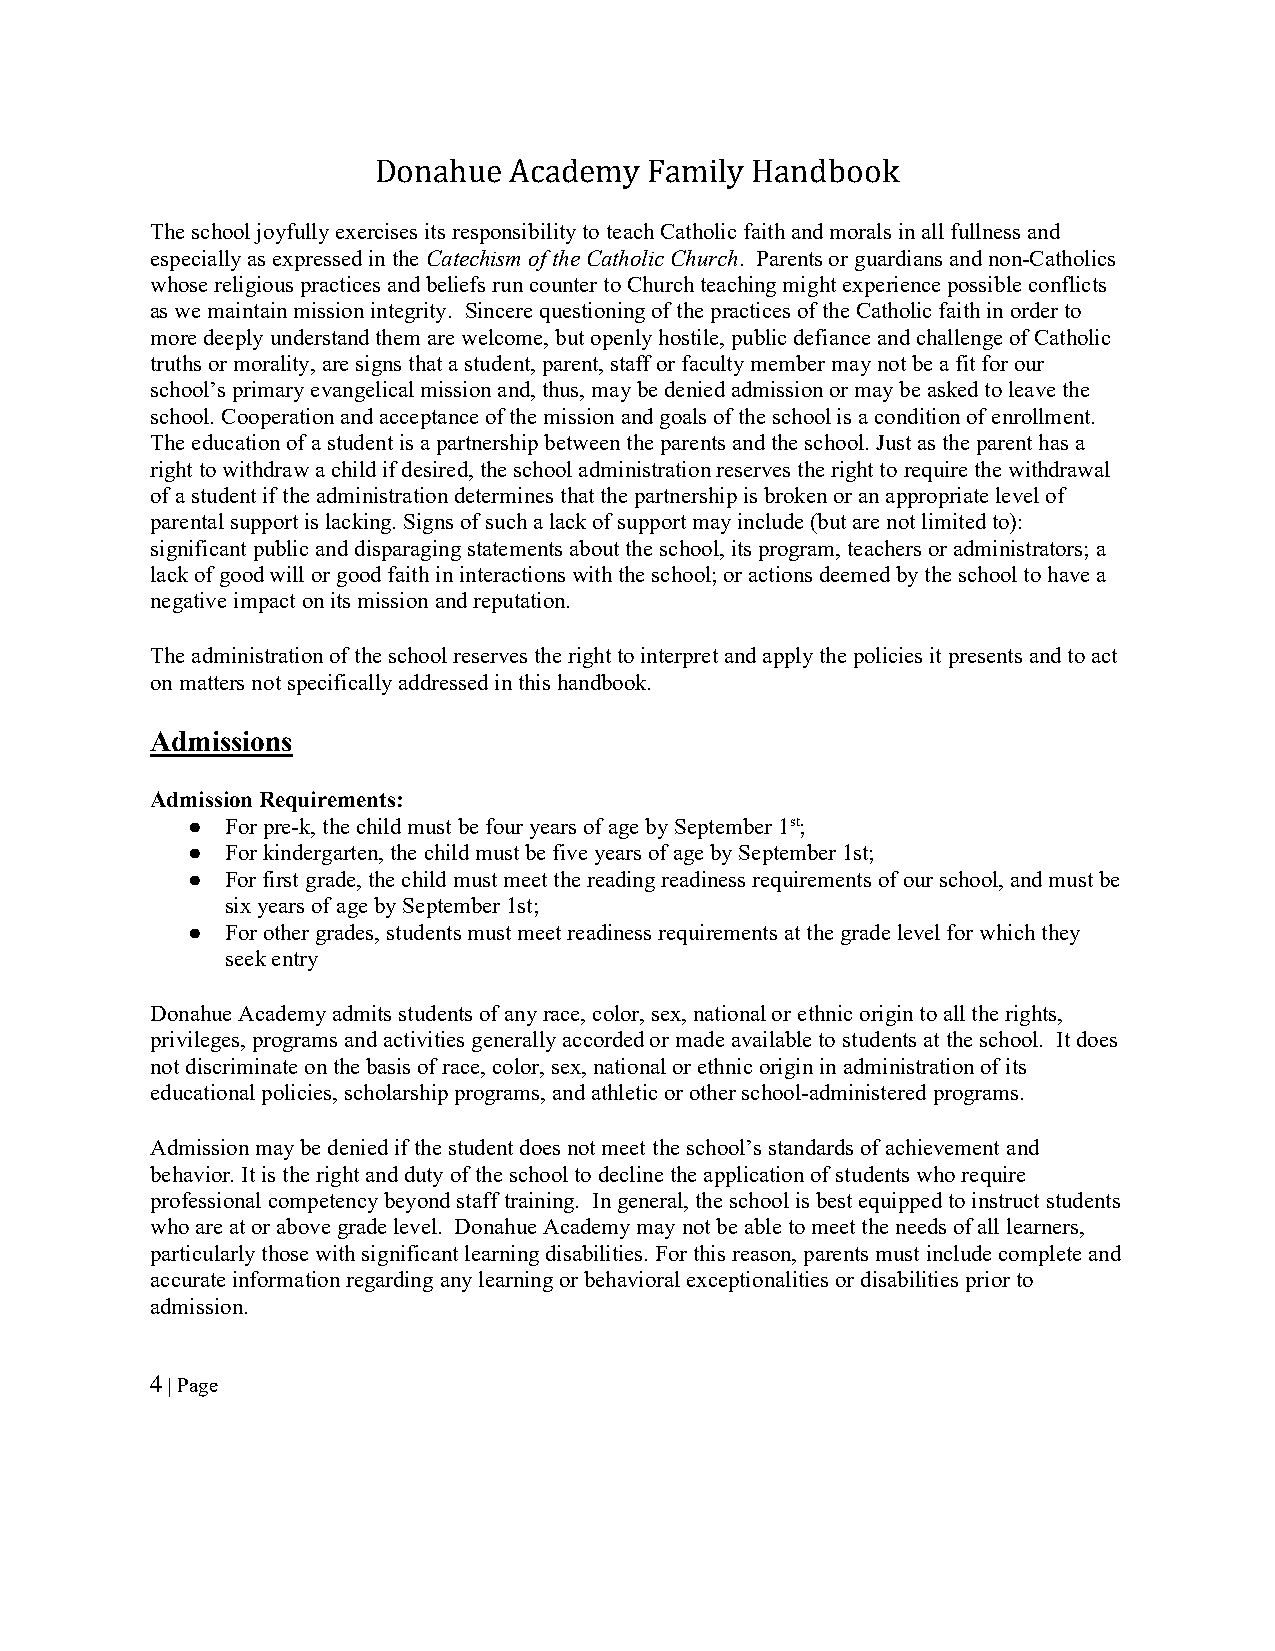
Donahue  Academy  Family Handbook
 The school joyfully exercises its responsibility to teach Catholic faith and morals in all fullness and
 especially as expressed in the Catechism of the Catholic Church. Parents or guardians and non-Catholics
 whose religious practices and beliefs run counter to Church teaching might experience possible conflicts
 as we maintain mission integrity. Sincere questioning of the practices of the Catholic faith in order to
 more deeply understand them are welcome, but openly hostile, public defiance and challenge of Catholic
 truths or morality, are signs that a student, parent, staff or faculty member may not be a fit for our
 school’s primary evangelical mission and, thus, may be denied admission or may be asked to leave the
 school. Cooperation and acceptance of the mission and goals of the school is a condition of enrollment.
 The education of a student is a partnership between the parents and the school. Just as the parent has a
 right to withdraw a child if desired, the school administration reserves the right to require the withdrawal
 of a student if the administration determines that the partnership is broken or an appropriate level of
 parental support is lacking. Signs of such a lack of support may include (but are not limited to):
 significant public and disparaging statements about the school, its program, teachers or administrators; a
 lack of good will or good faith in interactions with the school; or actions deemed by the school to have a
 negative impact on its mission and reputation.
 The administration of the school reserves the right to interpret and apply the policies it presents and to act
 on matters not specifically addressed in this handbook.
 Admissions
 Admission Requirements:
 ●  For pre-k, the child must be four years of age by September 1st;
 ●  For kindergarten, the child must be five years of age by September 1st;
 ●  For first grade, the child must meet the reading readiness requirements of our school, and must be
 six years of age by September 1st;
 ●  For other grades, students must meet readiness requirements at the grade level for which they
 seek entry
 Donahue Academy admits students of any race, color, sex, national or ethnic origin to all the rights,
 privileges, programs and activities generally accorded or made available to students at the school. It does
 not discriminate on the basis of race, color, sex, national or ethnic origin in administration of its
 educational policies, scholarship programs, and athletic or other school-administered programs.
 Admission may be denied if the student does not meet the school’s standards of achievement and
 behavior. It is the right and duty of the school to decline the application of students who require
 professional competency beyond staff training. In general, the school is best equipped to instruct students
 who are at or above grade level. Donahue Academy may not be able to meet the needs of all learners,
 particularly those with significant learning disabilities. For this reason, parents must include complete and
 accurate information regarding any learning or behavioral exceptionalities or disabilities prior to
 admission.
 4 | Page